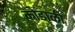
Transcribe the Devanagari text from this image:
कोडाळी